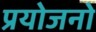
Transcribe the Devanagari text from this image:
प्रयोजनो